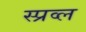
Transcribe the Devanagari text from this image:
स्प्रव्ल